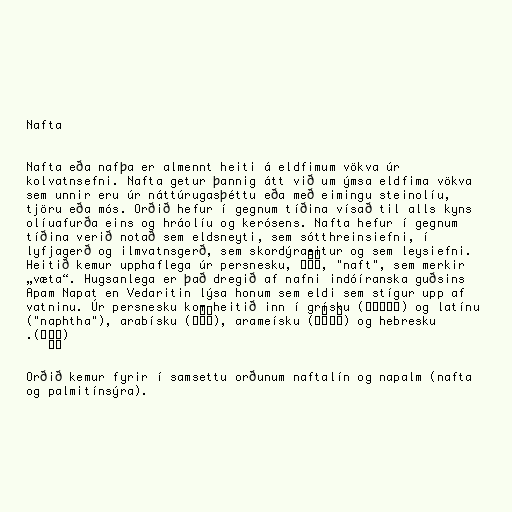
Nafta

Nafta eða nafþa er almennt heiti á eldfimum vökva úr
kolvatnsefni. Nafta getur þannig átt við um ýmsa eldfima vökva
sem unnir eru úr náttúrugasþéttu eða með eimingu steinolíu,
tjöru eða mós. Orðið hefur í gegnum tíðina vísað til alls kyns
olíuafurða eins og hráolíu og kerósens. Nafta hefur í gegnum
tíðina verið notað sem eldsneyti, sem sótthreinsiefni, í
lyfjagerð og ilmvatnsgerð, sem skordýraeitur og sem leysiefni.
Heitið kemur upphaflega úr persnesku, نَفْت, "naft", sem merkir
„væta“. Hugsanlega er það dregið af nafni indóíranska guðsins
Apam Napat en Vedaritin lýsa honum sem eldi sem stígur upp af
vatninu. Úr persnesku kom heitið inn í grísku (νάφθα) og latínu
("naphtha"), arabísku (نَفْط), arameísku (ܢܰܦܬܳܐ) og hebresku
(נֵפְט).

Orðið kemur fyrir í samsettu orðunum naftalín og napalm (nafta
og palmitínsýra).